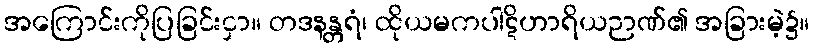
အကြောင်းကိုပြခြင်းငှာ။ တဒနန္တရံ၊ ထိုယမကပါဋိဟာရိယဉာဏ်၏ အခြားမဲ့၌။